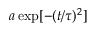
a \exp [ - ( t / \tau ) ^ { 2 } ]